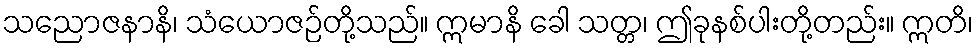
သညောဇနာနိ၊ သံယောဇဉ်တို့သည်။ ဣမာနိ ခေါ သတ္တ၊ ဤခုနစ်ပါးတို့တည်း။ ဣတိ၊